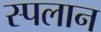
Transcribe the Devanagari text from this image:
स्पलान